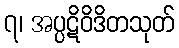
၇၊ အပ္ပဋိဝိဒိတသုတ်